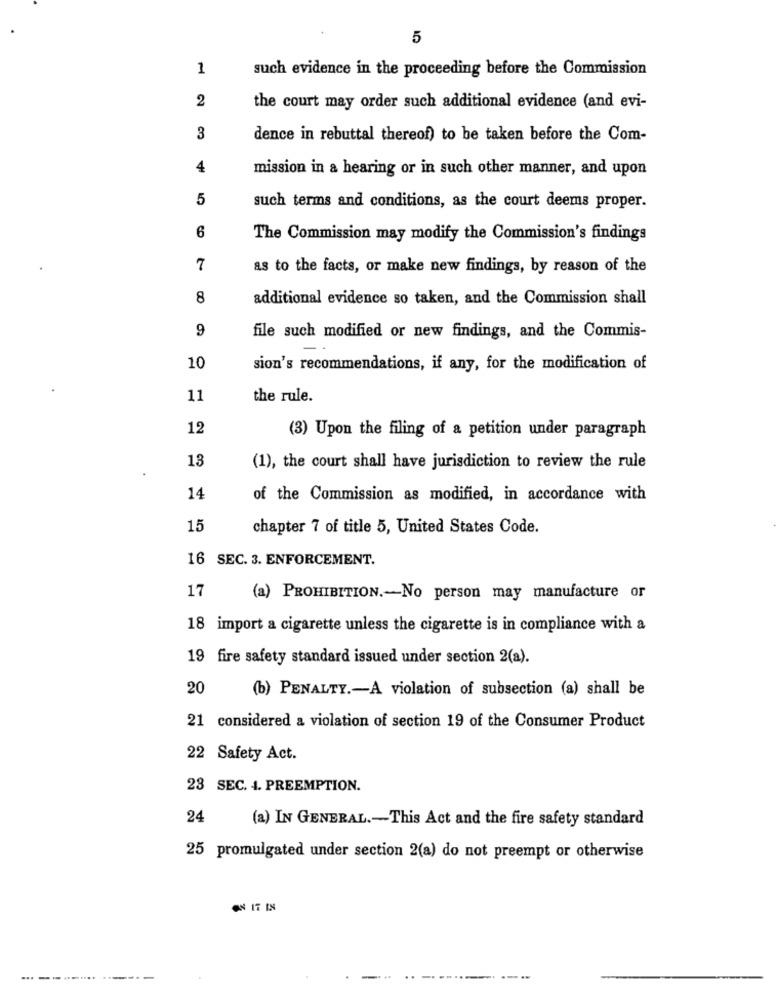
5
1
such evidence in the proceeding before the Commission
2
the court may order such additional evidence (and evi-
3
dence in rebuttal thereof) to be taken before the Com-
4
mission in a hearing or in such other manner, and upon
5
such terms and conditions, as the court deems proper.
6
The Commission may modify the Commission's findings
7
as to the facts, or make new findings, by reason of the
8
additional evidence so taken, and the Commission shall
9
file such modified or new findings, and the Commis-
10
sion's recommendations, if any, for the modification of
11
the rule.
12
(3) Upon the filing of a petition under paragraph
13
(1), the court shall have jurisdiction to review the rule
14
of the Commission as modified, in accordance with
15
chapter 7 of title 5, United States Code.
16 SEC. 3. ENFORCEMENT.
17
(a) PROHIBITION .- No person may manufacture or
18 import a cigarette unless the cigarette is in compliance with a
19 fire safety standard issued under section 2(a).
20
(b) PENALTY .- A violation of subsection (a) shall be
21 considered a violation of section 19 of the Consumer Product
22 Safety Act.
23 SEC. 4. PREEMPTION.
24
(a) IN GENERAL .- This Act and the fire safety standard
25 promulgated under section 2(a) do not preempt or otherwise